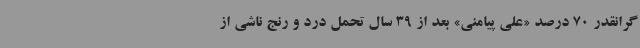
گرانقدر 70 درصد «علی پیامنی» بعد از 39 سال تحمل درد و رنج ناشی از